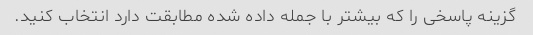
گزینه پاسخی را که بیشتر با جمله داده شده مطابقت دارد انتخاب کنید.